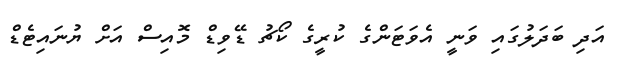
އަދި ބަދަލުގައި ވަނީ އެވަޓަންގެ ކުރީގެ ކޯޗު ޑޭވިޑް މޮއިސް އަށް ޔުނައިޓެޑް